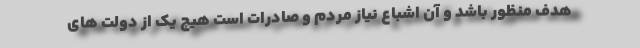
هدف منظور باشد و آن اشباع نیاز مردم و صادرات است هیچ یک از دولت های